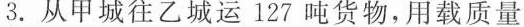
3.从甲城往乙城运127吨货物，用载质量